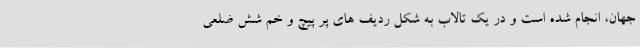
جهان، انجام شده است و در یک تالاب به شکل ردیف های پر پیچ و خم شش ضلعی